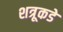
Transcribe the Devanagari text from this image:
शत्रूकडे